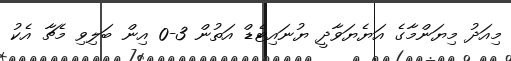
މިއަދު މިޔަންމާގެ އަޔެޔަވާދީ ޔުނައިޓެޑް އަތުން 3-0 އިން ބަލިވި މެޗާ އެކު